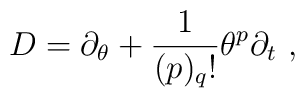
D=\partial_{\theta } +\frac{1}{(p)_ {q}!}\theta^{p}\partial_{t}\ ,